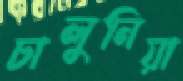
চালুনিয়া